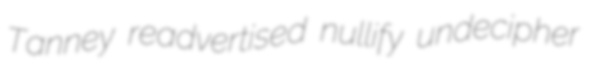
Tanney readvertised nullify undecipher